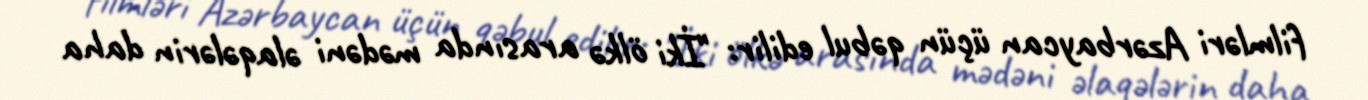
filmləri Azərbaycan üçün qəbul edilir: "İki ölkə arasında mədəni əlaqələrin daha